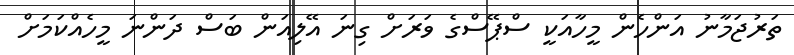
ތަރުޖަމާނު އަންހެން މީހާއަކީ ސްޕޭސްގެ ވަރަށް ގިނަ އޭލިއަން ބަސް ދަންނަ މީހެއްކަމަށް